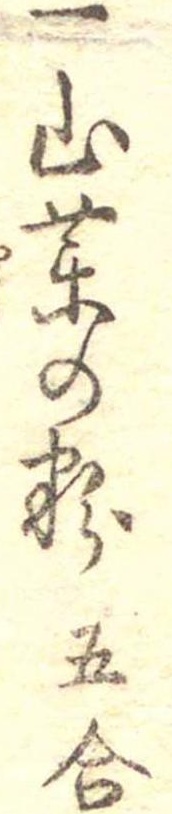
一山薬の粉五合